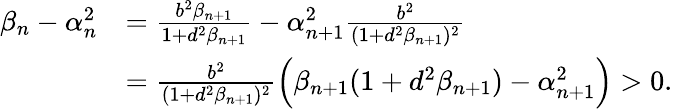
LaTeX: \begin{array}{rl}{\beta_{n}-\alpha_{n}^{2}}&{=\frac{b^{2}\beta_{n+1}}{1+d^{2}\beta_{n+1}}-\alpha_{n+1}^{2}\frac{b^{2}}{(1+d^{2}\beta_{n+1})^{2}}}\\ &{=\frac{b^{2}}{(1+d^{2}\beta_{n+1})^{2}}\Big(\beta_{n+1}(1+d^{2}\beta_{n+1})-\alpha_{n+1}^{2}\Big)>0.}\end{array}